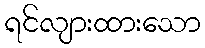
ရင်လျားထားသော